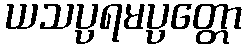
ယသပ္ပရမပ္ပတ္တော